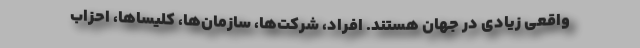
واقعی زیادی در جهان هستند. افراد، شرکت‌ها، سازمان‌ها، کلیساها، احزاب